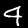
Label: 4